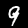
Digit: 9